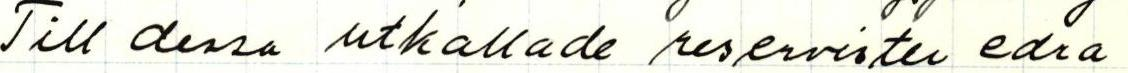
Till dessa utkallade reservisten edra